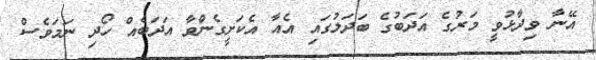
އޭނާ ވިދާޅުވީ މަރުގެ އަދަބުގެ ބަދަލުގައި އެއާ އެކަށީގެންވާ އަދަބެއް ހޯދި ނަމަވެސް